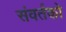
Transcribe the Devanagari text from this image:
संवर्तको